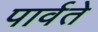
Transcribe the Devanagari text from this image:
पार्वते